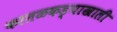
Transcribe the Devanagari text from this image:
कातळकड्याखाली